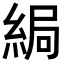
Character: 𦀯